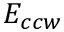
E _ { c c w }